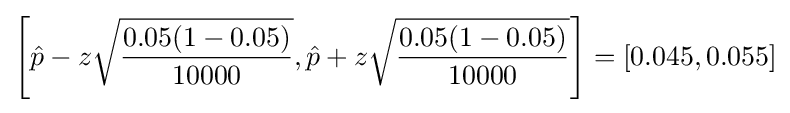
\left[{\hat {p}}-z{\sqrt {\frac {0.05(1-0.05)}{10000}}},{\hat {p}}+z{\sqrt {\frac {0.05(1-0.05)}{10000}}}\right]=[0.045,0.055]